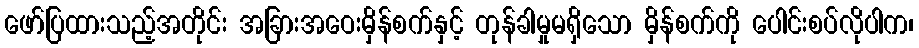
ဖော်ပြထားသည့်အတိုင်း အခြားအဝေးမှိန်စက်နှင့် တုန်ခါမှုမရှိသော မှိန်စက်ကို ပေါင်းစပ်လိုပါက၊